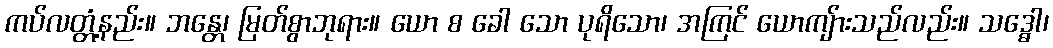
ကပ်လတ္တံ့နည်း။ ဘန္တေ၊ မြတ်စွာဘုရား။ ယော စ ခေါ သော ပုရိသော၊ အကြင် ယောကျ်ားသည်လည်း။ သဒ္ဓေါ၊